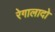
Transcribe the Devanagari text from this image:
रेगालादो